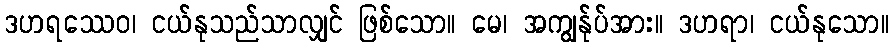
ဒဟရဿေဝ၊ ငယ်နုသည်သာလျှင် ဖြစ်သော။ မေ၊ အကျွန်ုပ်အား။ ဒဟရာ၊ ငယ်နုသော။